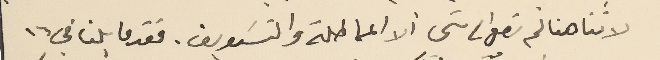
لاننا هنا لم نصل الى شى ألا المماطلة والتسَويف. فقد قابلنا في ١٦